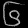
Digit: ၆